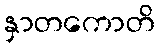
နှာတကောတိ